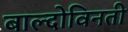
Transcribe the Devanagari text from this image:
बाल्दोविनती